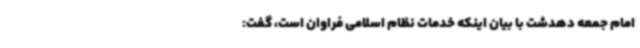
امام جمعه دهدشت با بیان اینکه خدمات نظام اسلامی فراوان است، گفت: